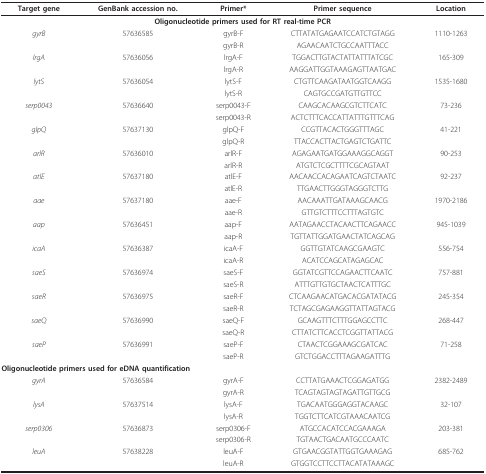
<table><thead><tr><td><b>Target gene</b></td><td><b>GenBank accession no.</b></td><td><b>Primer*</b></td><td><b>Primer sequence</b></td><td><b>Location</b></td></tr></thead><tbody><tr><td colspan="5"><b>Oligonucleotide primers used for RT real-time PCR</b></td></tr><tr><td><i>gyrB</i></td><td>57636585</td><td>gyrB-F</td><td>CTTATATGAGAATCCATCTGTAGG</td><td>1110-1263</td></tr><tr><td></td><td></td><td>gyrB-R</td><td>AGAACAATCTGCCAATTTACC</td><td></td></tr><tr><td><i>lrgA</i></td><td>57636056</td><td>lrgA-F</td><td>TGGACTTGTACTATTATTTATCGC</td><td>165-309</td></tr><tr><td></td><td></td><td>lrgA-R</td><td>AAGGATTGGTAAAGAGTTAATGAC</td><td></td></tr><tr><td><i>lytS</i></td><td>57636054</td><td>lytS-F</td><td>CTGTTCAAGATAATGGTCAAGG</td><td>1535-1680</td></tr><tr><td></td><td></td><td>lytS-R</td><td>CAGTGCCGATGTTGTTCC</td><td></td></tr><tr><td><i>serp0043</i></td><td>57636640</td><td>serp0043-F</td><td>CAAGCACAAGCGTCTTCATC</td><td>73-236</td></tr><tr><td></td><td></td><td>serp0043-R</td><td>ACTCTTTCACCATTATTTGTTTCAG</td><td></td></tr><tr><td><i>glpQ</i></td><td>57637130</td><td>glpQ-F</td><td>CCGTTACACTGGGTTTAGC</td><td>41-221</td></tr><tr><td></td><td></td><td>glpQ-R</td><td>TTACCACTTACTGAGTCTGATTC</td><td></td></tr><tr><td><i>arlR</i></td><td>57636010</td><td>arlR-F</td><td>AGAGAATGATGGAAAGGCAGGT</td><td>90-253</td></tr><tr><td></td><td></td><td>arlR-R</td><td>ATGTCTCGCTTTTCGCAGTAAT</td><td></td></tr><tr><td><i>atlE</i></td><td>57637180</td><td>atlE-F</td><td>AACAACCACAGAATCAGTCTAATC</td><td>92-237</td></tr><tr><td></td><td></td><td>atlE-R</td><td>TTGAACTTGGGTAGGGTCTTG</td><td></td></tr><tr><td><i>aae</i></td><td>57637180</td><td>aae-F</td><td>AACAAATTGATAAAGCAACG</td><td>1970-2186</td></tr><tr><td></td><td></td><td>aae-R</td><td>GTTGTCTTTCCTTTAGTGTC</td><td></td></tr><tr><td><i>aap</i></td><td>57636451</td><td>aap-F</td><td>AATAGAACCTACAACTTCAGAACC</td><td>945-1039</td></tr><tr><td></td><td></td><td>aap-R</td><td>TGTTATTGGATGAACTATCAGCAG</td><td></td></tr><tr><td><i>icaA</i></td><td>57636387</td><td>icaA-F</td><td>GGTTGTATCAAGCGAAGTC</td><td>556-754</td></tr><tr><td></td><td></td><td>icaA-R</td><td>ACATCCAGCATAGAGCAC</td><td></td></tr><tr><td><i>saeS</i></td><td>57636974</td><td>saeS-F</td><td>GGTATCGTTCCAGAACTTCAATC</td><td>757-881</td></tr><tr><td></td><td></td><td>saeS-R</td><td>ATTTGTTGTGCTAACTCATTTGC</td><td></td></tr><tr><td><i>saeR</i></td><td>57636975</td><td>saeR-F</td><td>CTCAAGAACATGACACGATATACG</td><td>245-354</td></tr><tr><td></td><td></td><td>saeR-R</td><td>TCTAGCGAGAAGGTTATTAGTACG</td><td></td></tr><tr><td><i>saeQ</i></td><td>57636990</td><td>saeQ-F</td><td>GCAAGTTTCTTTGGAGCCTTC</td><td>268-447</td></tr><tr><td></td><td></td><td>saeQ-R</td><td>CTTATCTTCACCTCGGTTATTACG</td><td></td></tr><tr><td><i>saeP</i></td><td>57636991</td><td>saeP-F</td><td>CTAACTCGGAAAGCGATCAC</td><td>71-258</td></tr><tr><td></td><td></td><td>saeP-R</td><td>GTCTGGACCTTTAGAAGATTTG</td><td></td></tr><tr><td colspan="5"><b>Oligonucleotide primers used for eDNA quantification</b></td></tr><tr><td><i>gyrA</i></td><td>57636584</td><td>gyrA-F</td><td>CCTTATGAAACTCGGAGATGG</td><td>2382-2489</td></tr><tr><td></td><td></td><td>gyrA-R</td><td>TCAGTAGTAGTAGATTGTTGCG</td><td></td></tr><tr><td><i>lysA</i></td><td>57637514</td><td>lysA-F</td><td>TGACAATGGGAGGTACAAGC</td><td>32-107</td></tr><tr><td></td><td></td><td>lysA-R</td><td>TGGTCTTCATCGTAAACAATCG</td><td></td></tr><tr><td><i>serp0306</i></td><td>57636873</td><td>serp0306-F</td><td>ATGCCACATCCACGAAAGA</td><td>203-381</td></tr><tr><td></td><td></td><td>serp0306-R</td><td>TGTAACTGACAATGCCCAATC</td><td></td></tr><tr><td><i>leuA</i></td><td>57638228</td><td>leuA-F</td><td>GTGAACGGTATTGGTGAAAGAG</td><td>685-762</td></tr><tr><td></td><td></td><td>leuA-R</td><td>GTGGTCCTTCCTTACATATAAAGC</td><td></td></tr></tbody></table>